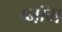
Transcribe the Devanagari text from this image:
प्नॉम